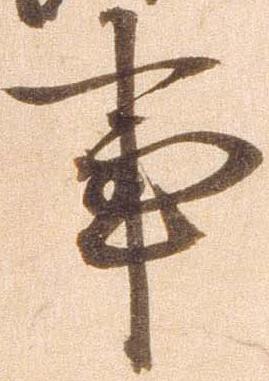
事